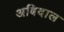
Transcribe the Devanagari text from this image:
अबिदाल